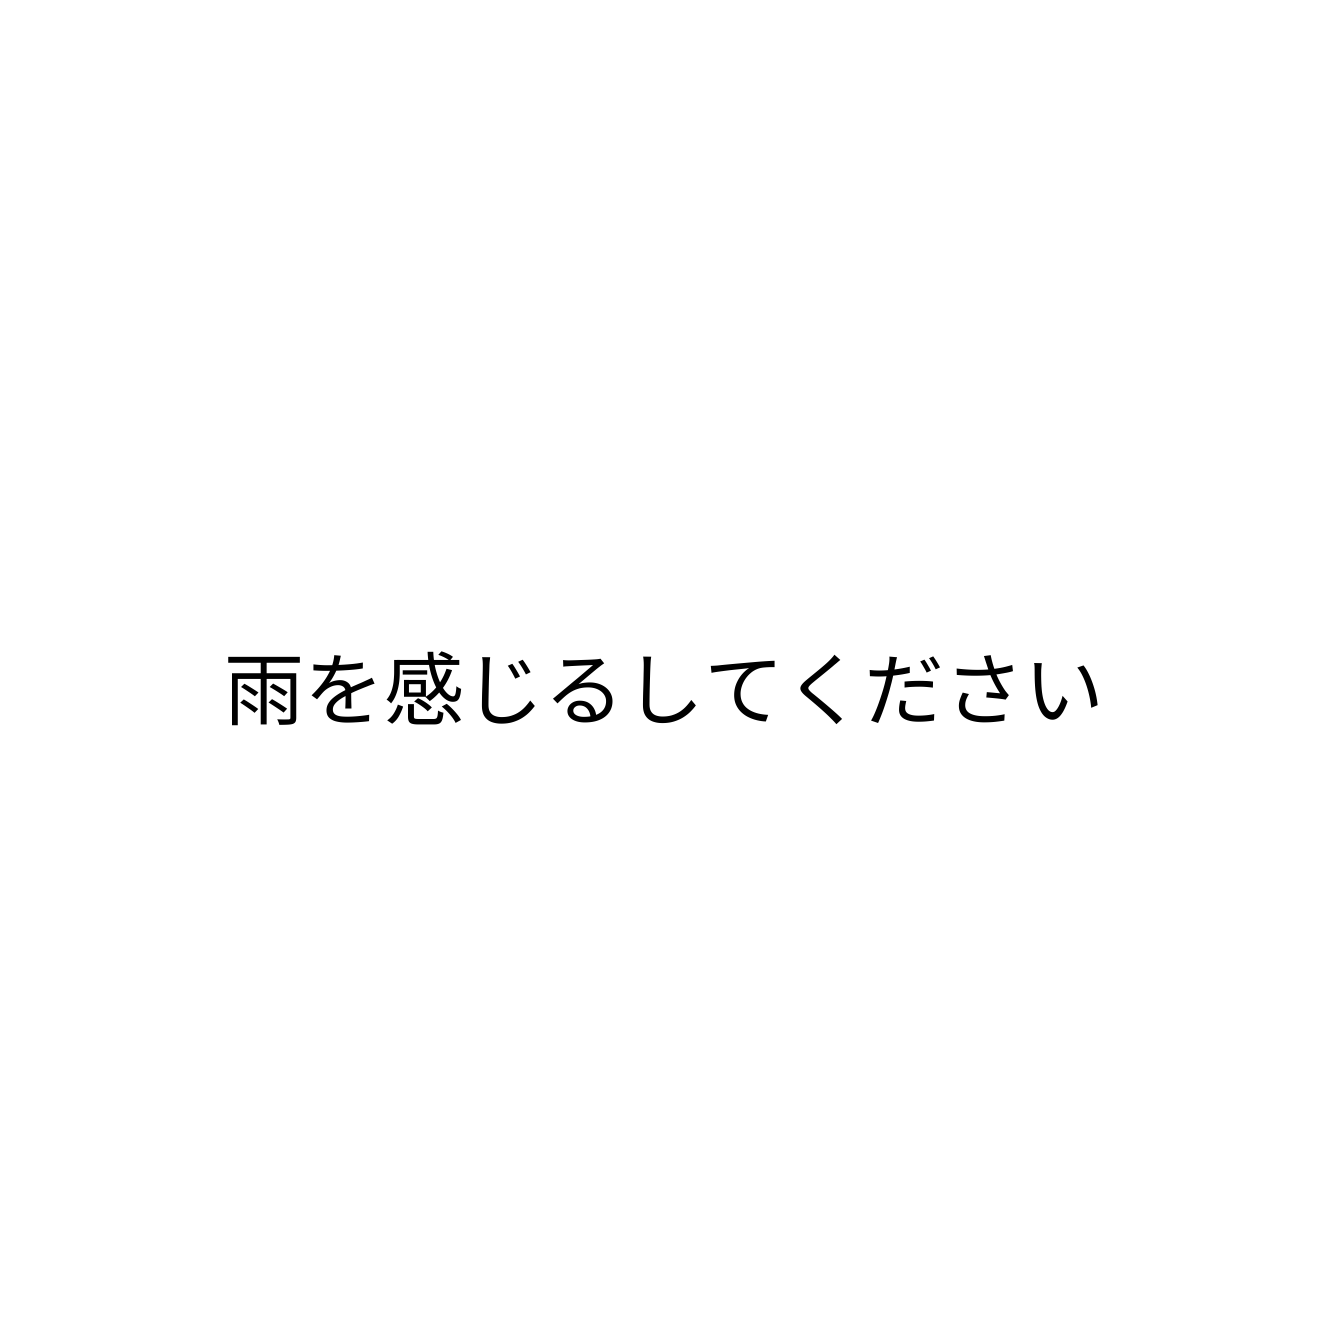
雨を感じるしてください